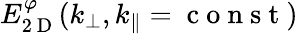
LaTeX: E_{2\mathrm{~D~}}^{\varphi}(k_{\perp},k_{\parallel}=\mathrm{~c~o~n~s~t~})